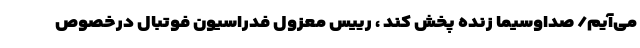
می‌آیم/ صداوسیما زنده پخش کند ، رییس معزول فدراسیون فوتبال درخصوص